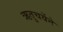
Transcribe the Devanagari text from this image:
ऋतुचर्येने